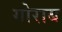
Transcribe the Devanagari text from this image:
गोराब